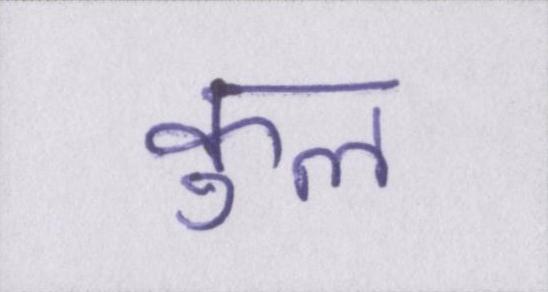
कुल